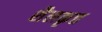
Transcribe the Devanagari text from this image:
शैलकृत्त